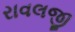
રાવલજી